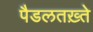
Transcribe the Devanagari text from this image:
पैडलतख़्ते